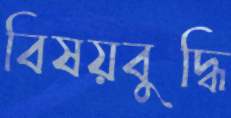
বিষয়বুদ্ধি